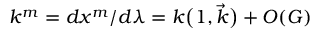
k ^ { m } = { d x ^ { m } } / { d \lambda } = k \big ( 1 , { \vec { k } } \big ) + { \cal O } ( G )